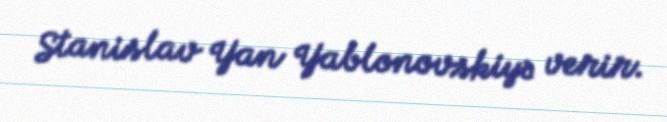
Stanislav Yan Yablonovskiyə verir.